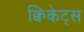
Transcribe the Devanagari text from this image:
क्विकेट्स